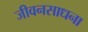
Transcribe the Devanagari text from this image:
जीवनसाधना